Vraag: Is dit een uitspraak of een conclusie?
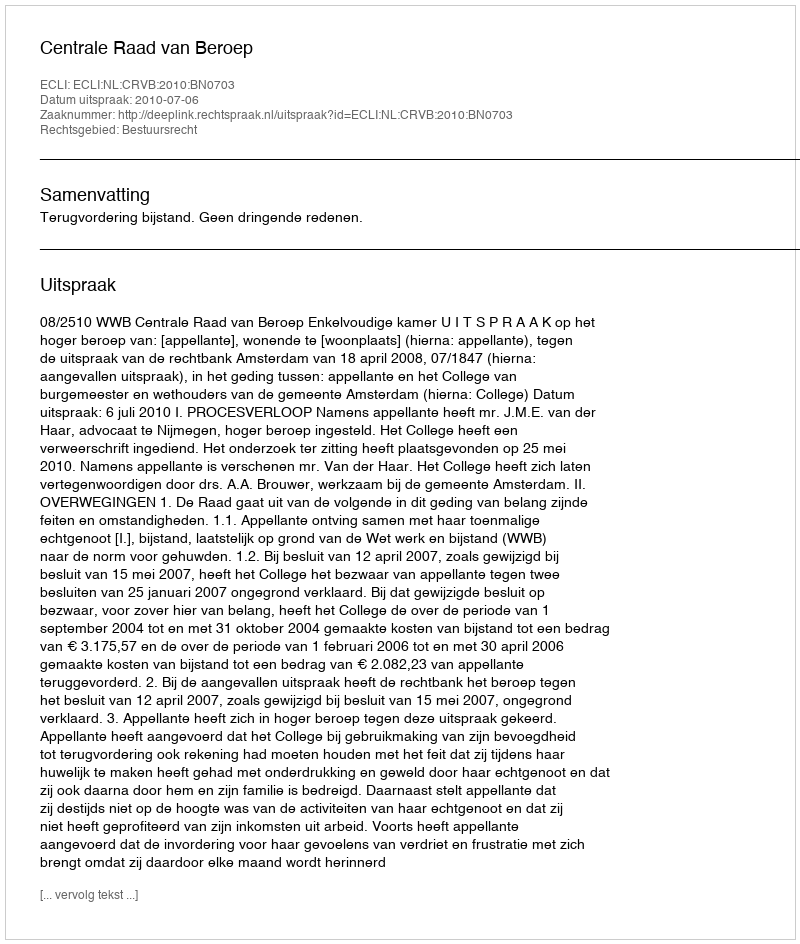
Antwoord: Uitspraak